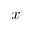
x